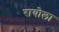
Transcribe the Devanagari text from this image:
रायोला